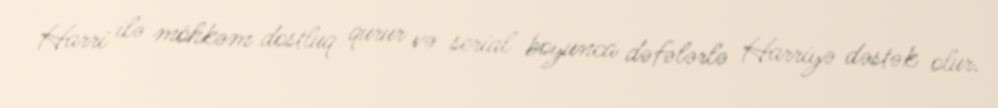
Harri ilə möhkəm dostluq qurur və serial boyunca dəfələrlə Harriyə dəstək olur.